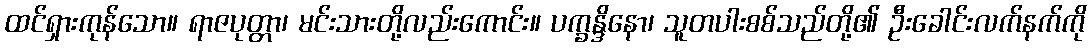
ထင်ရှားကုန်သော။ ရာဇပုတ္တာ၊ မင်းသားတို့လည်းကောင်း။ ပက္ခန္ဒိနော၊ သူတပါးစစ်သည်တို့၏ ဦးခေါင်းလက်နက်ကို